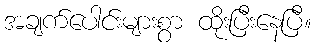
အချက်ပေါင်းများစွာ ထိုးပြီးနေပြီ။